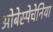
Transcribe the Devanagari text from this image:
ओबेस्पेचेनिया